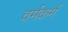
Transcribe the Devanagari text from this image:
वर्मकर्म